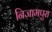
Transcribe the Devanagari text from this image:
निजामपुरा